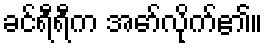
ခင်ရီရီက အော်လိုက်၏။